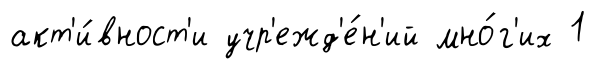
акт'и́вност'и учр'ежд'е́н'ий мно́г'их 1